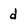
Character: d